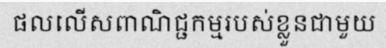
ផលលើសពាណិជ្ជកម្មរបស់ខ្លួនជាមួយ